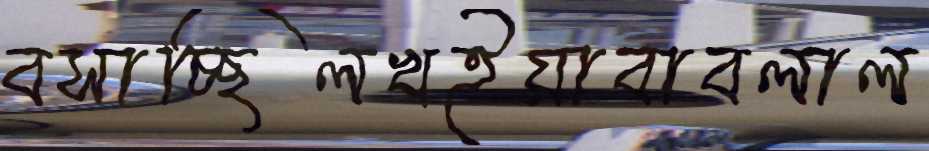
বসাচ্ছিলখইয়াবাবলাল